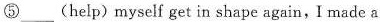
⑤___ (help)myself get in shape again,I made a